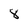
Character: 8